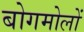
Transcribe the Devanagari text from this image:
बोगमोलों